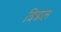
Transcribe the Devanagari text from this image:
त्रित्राल